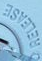
O RELEASE